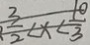
\frac { 3 } { 2 } < x < \frac { 1 0 } { 3 }